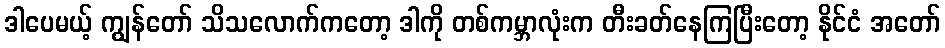
ဒါပေမယ့် ကျွန်တော် သိသလောက်ကတော့ ဒါကို တစ်ကမ္ဘာလုံးက တီးခတ်နေကြပြီးတော့ နိုင်ငံ အတော်